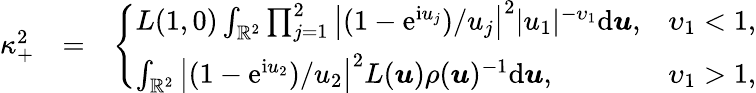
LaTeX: \begin{array}{rlr}{\kappa_{+}^{2}}&{=}&{\left\{ \begin{array}{ll}{L(1,0)\int_{\mathbb{R}^{2}}\prod_{j=1}^{2}\big|(1-\mathrm e^{\mathrm iu_{j}})/u_{j}\big|^{2}|u_{1}|^{-\upsilon_{1}}\mathrm d\boldsymbol{u},}&{\upsilon_{1}<1,}\\ {\int_{\mathbb{R}^{2}}\big|(1-\mathrm e^{\mathrm iu_{2}})/u_{2}\big|^{2}L(\boldsymbol{u})\rho(\boldsymbol{u})^{-1}\mathrm d\boldsymbol{u},}&{\upsilon_{1}>1,}\end{array}\right.}\end{array}